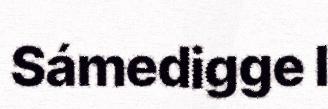
Sámedigge l